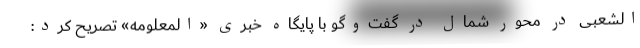
الشعبی در محور شمال در گفت‌وگو با پایگاه خبری «المعلومه» تصریح کرد: